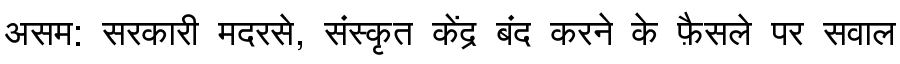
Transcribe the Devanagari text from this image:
असम: सरकारी मदरसे, संस्कृत केंद्र बंद करने के फ़ैसले पर सवाल